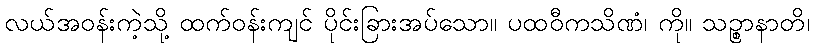
လယ်အဝန်းကဲ့သို့ ထက်ဝန်းကျင် ပိုင်းခြားအပ်သော။ ပထဝီကသိဏံ၊ ကို။ သဉ္စာနာတိ၊